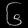
Digit: ၆